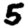
Digit: 5